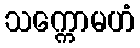
သက္ကောမဟံ